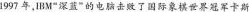
1997年，1BM”深蓝”的电脑击败了国际象棋世界冠军卡斯